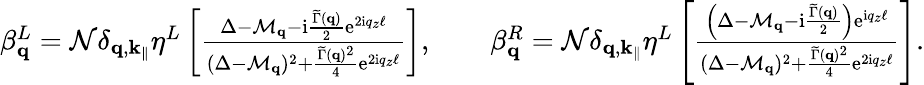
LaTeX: \begin{array}{r}{\beta_{\mathbf{q}}^{L}=\mathcal{N}\delta_{\mathbf{q},\mathbf{k}_{\parallel}}\eta^{L}\left[\frac{\Delta-\mathcal{M}_{\mathbf{q}}-\mathrm{i}\frac{\widetilde\Gamma(\mathbf{q})}{2}\mathrm{e}^{2\mathrm{i}q_{z}\ell}}{(\Delta-\mathcal{M}_{\mathbf{q}})^{2}+\frac{\widetilde\Gamma(\mathbf{q})^{2}}{4}\mathrm{e}^{2\mathrm{i}q_{z}\ell}}\right],\qquad\beta_{\mathbf{q}}^{R}=\mathcal{N}\delta_{\mathbf{q},\mathbf{k}_{\parallel}}\eta^{L}\left[\frac{\left(\Delta-\mathcal{M}_{\mathbf{q}}-\mathrm{i}\frac{\widetilde\Gamma(\mathbf{q})}{2}\right)\mathrm{e}^{\mathrm{i}q_{z}\ell}}{(\Delta-\mathcal{M}_{\mathbf{q}})^{2}+\frac{\widetilde\Gamma(\mathbf{q})^{2}}{4}\mathrm{e}^{2\mathrm{i}q_{z}\ell}}\right].}\end{array}